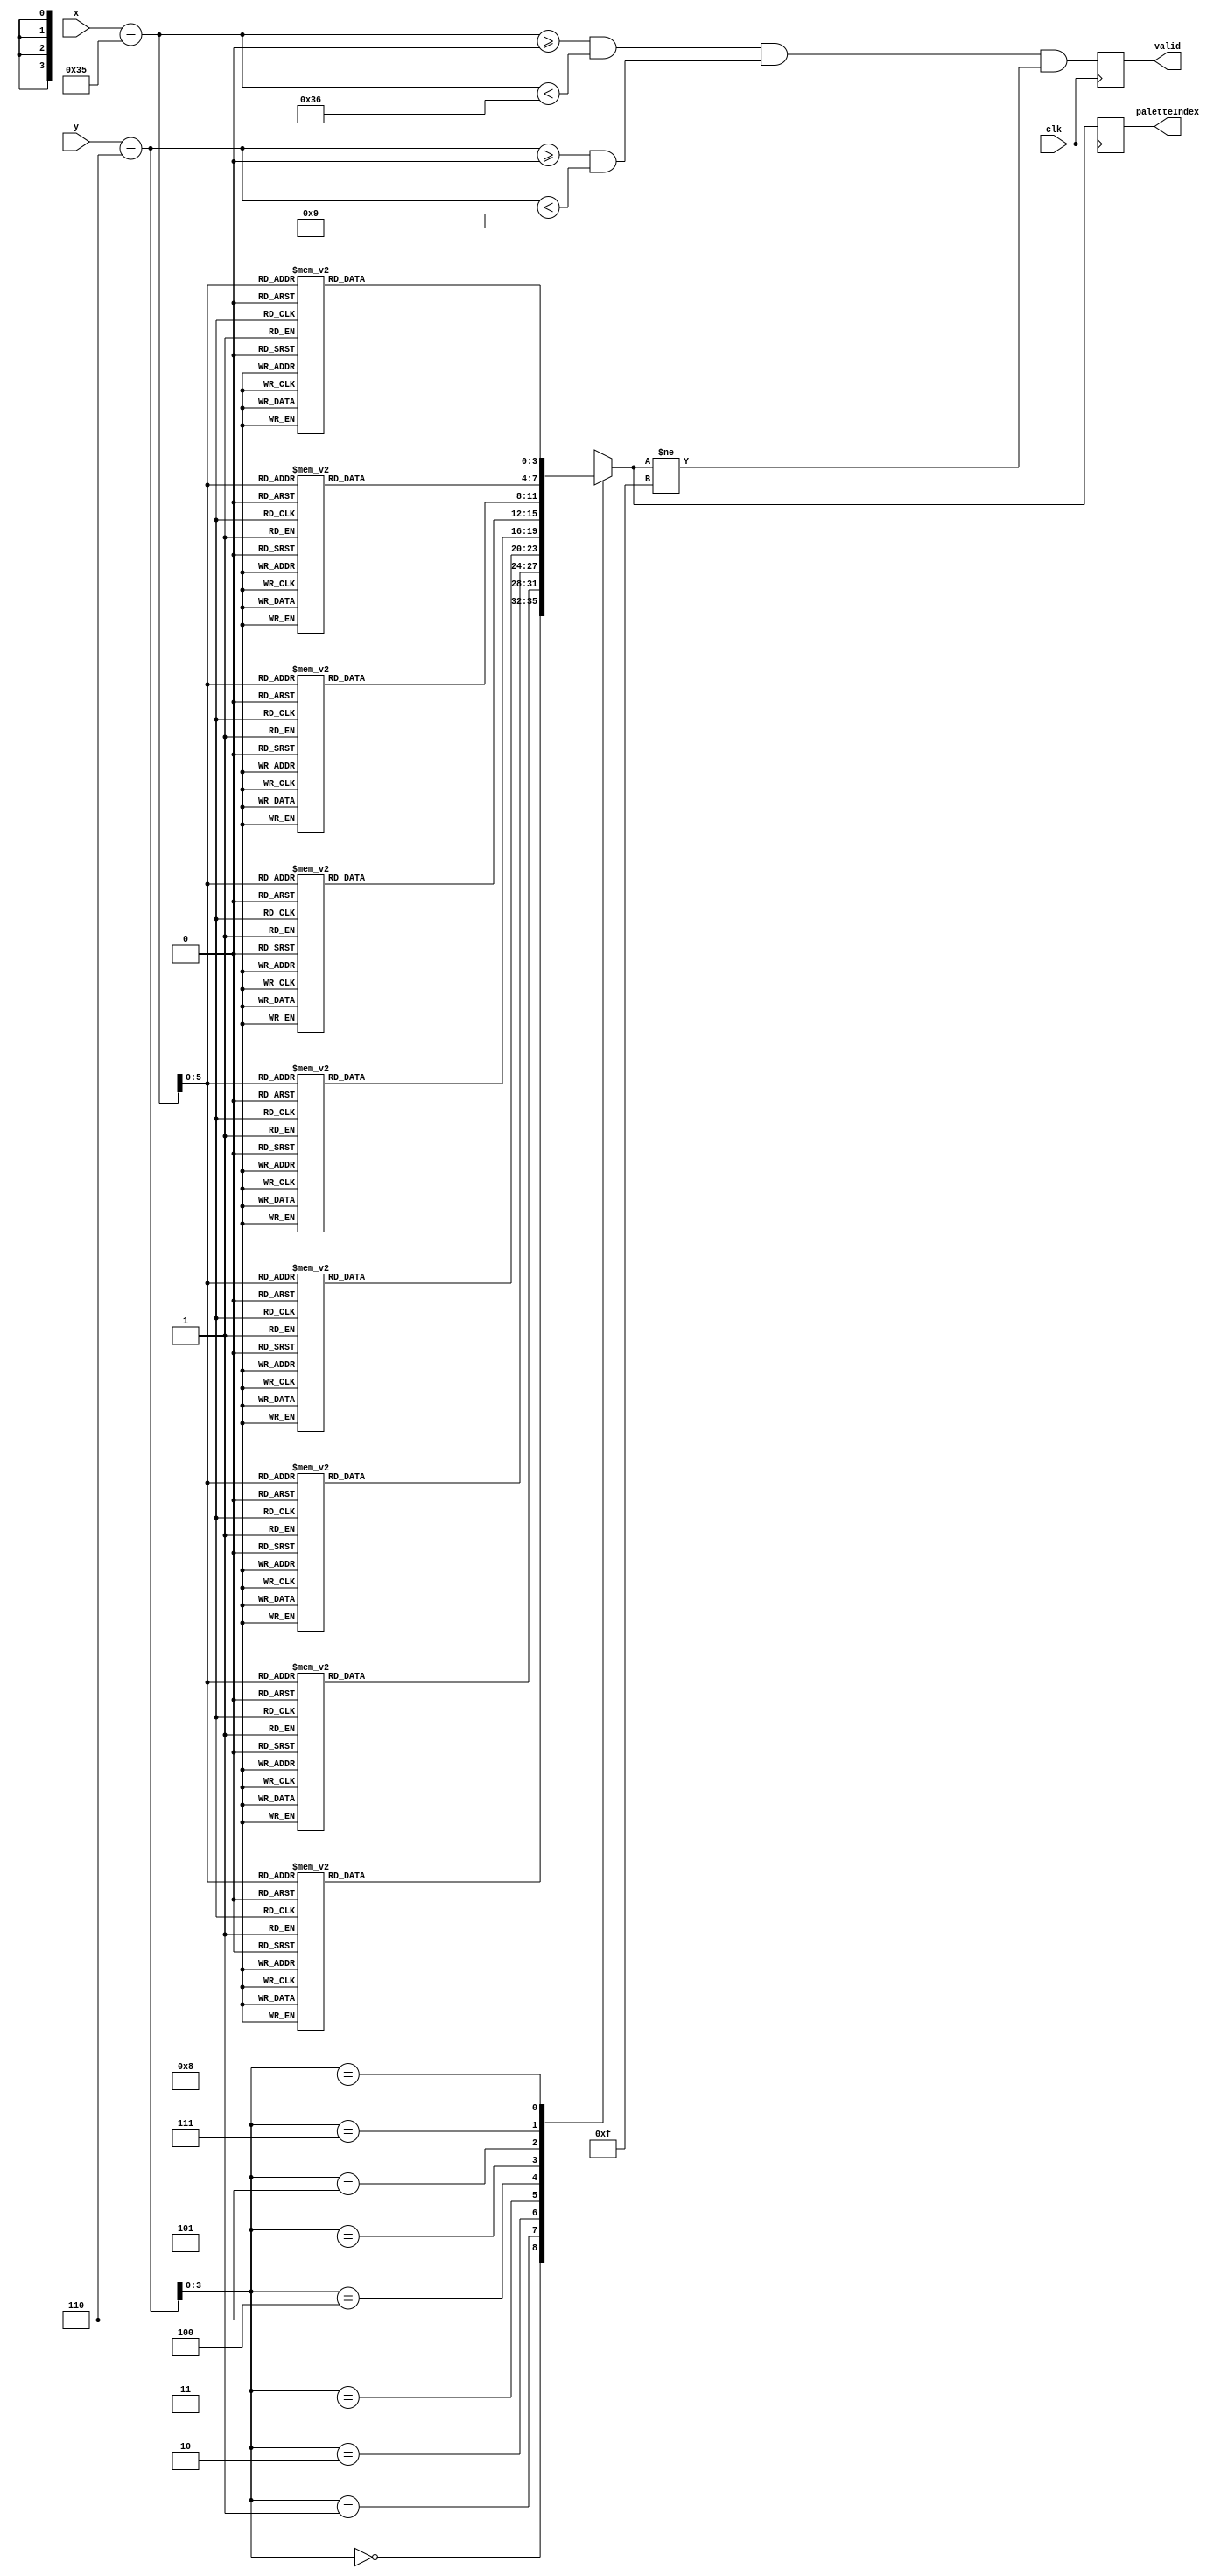
`timescale 1ns / 1ps
//////////////////////////////////////////////////////////////////////////
// generated with james's gen_sprite.py with arguments:
//     module_name: tie_game
//
//     image_file: sprites/tie_game.png
//     palette_file: palette.txt
//     canvas_width: 160
//     canvas_height: 120
//     x_offset: 53
//     y_offset: 6
//     x_tile: 1
//     y_tile: 1
//
//     inferred x bit length: 10
//     inferred y bit length: 10
//     inferred palette bit length: 4
//////////////////////////////////////////////////////////////////////////

module tie_game(clk, x, y, paletteIndex, valid);
    input wire clk;
    input wire[9:0] x;
    input wire[9:0] y;
    output reg[3:0] paletteIndex;
    output reg valid;

    reg [9:0] xOffset;
    reg [9:0] yOffset;
    reg [5:0] xSprite;
    reg [3:0] ySprite;
    reg inBounds;

    always @(posedge clk) begin
        xOffset = (x-53);
        yOffset = (y-6);
        xSprite = xOffset[5:0];
        ySprite = yOffset[3:0];
        inBounds = (xOffset >= 0 && xOffset < 54) && (yOffset >= 0 && yOffset < 9);

        case(ySprite)
            
            4'd0: begin
               case(xSprite)
                    
                    6'd0: begin
                        paletteIndex = 4'd9;
                    end
                    
                    6'd1: begin
                        paletteIndex = 4'd9;
                    end
                    
                    6'd2: begin
                        paletteIndex = 4'd9;
                    end
                    
                    6'd3: begin
                        paletteIndex = 4'd9;
                    end
                    
                    6'd4: begin
                        paletteIndex = 4'd9;
                    end
                    
                    6'd5: begin
                        paletteIndex = 4'd9;
                    end
                    
                    6'd6: begin
                        paletteIndex = 4'd9;
                    end
                    
                    6'd7: begin
                        paletteIndex = 4'd9;
                    end
                    
                    6'd8: begin
                        paletteIndex = 4'd9;
                    end
                    
                    6'd9: begin
                        paletteIndex = 4'd9;
                    end
                    
                    6'd10: begin
                        paletteIndex = 4'd9;
                    end
                    
                    6'd11: begin
                        paletteIndex = 4'd9;
                    end
                    
                    6'd12: begin
                        paletteIndex = 4'd9;
                    end
                    
                    6'd13: begin
                        paletteIndex = 4'd9;
                    end
                    
                    6'd14: begin
                        paletteIndex = 4'd9;
                    end
                    
                    6'd15: begin
                        paletteIndex = 4'd9;
                    end
                    
                    6'd16: begin
                        paletteIndex = 4'd9;
                    end
                    
                    6'd17: begin
                        paletteIndex = 4'd9;
                    end
                    
                    6'd18: begin
                        paletteIndex = 4'd15;
                    end
                    
                    6'd19: begin
                        paletteIndex = 4'd15;
                    end
                    
                    6'd20: begin
                        paletteIndex = 4'd15;
                    end
                    
                    6'd21: begin
                        paletteIndex = 4'd15;
                    end
                    
                    6'd22: begin
                        paletteIndex = 4'd9;
                    end
                    
                    6'd23: begin
                        paletteIndex = 4'd9;
                    end
                    
                    6'd24: begin
                        paletteIndex = 4'd9;
                    end
                    
                    6'd25: begin
                        paletteIndex = 4'd9;
                    end
                    
                    6'd26: begin
                        paletteIndex = 4'd9;
                    end
                    
                    6'd27: begin
                        paletteIndex = 4'd9;
                    end
                    
                    6'd28: begin
                        paletteIndex = 4'd9;
                    end
                    
                    6'd29: begin
                        paletteIndex = 4'd9;
                    end
                    
                    6'd30: begin
                        paletteIndex = 4'd9;
                    end
                    
                    6'd31: begin
                        paletteIndex = 4'd9;
                    end
                    
                    6'd32: begin
                        paletteIndex = 4'd9;
                    end
                    
                    6'd33: begin
                        paletteIndex = 4'd9;
                    end
                    
                    6'd34: begin
                        paletteIndex = 4'd9;
                    end
                    
                    6'd35: begin
                        paletteIndex = 4'd9;
                    end
                    
                    6'd36: begin
                        paletteIndex = 4'd9;
                    end
                    
                    6'd37: begin
                        paletteIndex = 4'd9;
                    end
                    
                    6'd38: begin
                        paletteIndex = 4'd9;
                    end
                    
                    6'd39: begin
                        paletteIndex = 4'd9;
                    end
                    
                    6'd40: begin
                        paletteIndex = 4'd9;
                    end
                    
                    6'd41: begin
                        paletteIndex = 4'd9;
                    end
                    
                    6'd42: begin
                        paletteIndex = 4'd9;
                    end
                    
                    6'd43: begin
                        paletteIndex = 4'd9;
                    end
                    
                    6'd44: begin
                        paletteIndex = 4'd9;
                    end
                    
                    6'd45: begin
                        paletteIndex = 4'd9;
                    end
                    
                    6'd46: begin
                        paletteIndex = 4'd9;
                    end
                    
                    6'd47: begin
                        paletteIndex = 4'd9;
                    end
                    
                    6'd48: begin
                        paletteIndex = 4'd9;
                    end
                    
                    6'd49: begin
                        paletteIndex = 4'd9;
                    end
                    
                    6'd50: begin
                        paletteIndex = 4'd9;
                    end
                    
                    6'd51: begin
                        paletteIndex = 4'd9;
                    end
                    
                    6'd52: begin
                        paletteIndex = 4'd9;
                    end
                    
                    6'd53: begin
                        paletteIndex = 4'd9;
                    end
                    

                    default: begin
                        paletteIndex = 4'bXXXX;
                    end
                endcase 
            end
            
            4'd1: begin
               case(xSprite)
                    
                    6'd0: begin
                        paletteIndex = 4'd9;
                    end
                    
                    6'd1: begin
                        paletteIndex = 4'd2;
                    end
                    
                    6'd2: begin
                        paletteIndex = 4'd2;
                    end
                    
                    6'd3: begin
                        paletteIndex = 4'd2;
                    end
                    
                    6'd4: begin
                        paletteIndex = 4'd2;
                    end
                    
                    6'd5: begin
                        paletteIndex = 4'd2;
                    end
                    
                    6'd6: begin
                        paletteIndex = 4'd2;
                    end
                    
                    6'd7: begin
                        paletteIndex = 4'd9;
                    end
                    
                    6'd8: begin
                        paletteIndex = 4'd2;
                    end
                    
                    6'd9: begin
                        paletteIndex = 4'd2;
                    end
                    
                    6'd10: begin
                        paletteIndex = 4'd9;
                    end
                    
                    6'd11: begin
                        paletteIndex = 4'd2;
                    end
                    
                    6'd12: begin
                        paletteIndex = 4'd2;
                    end
                    
                    6'd13: begin
                        paletteIndex = 4'd2;
                    end
                    
                    6'd14: begin
                        paletteIndex = 4'd2;
                    end
                    
                    6'd15: begin
                        paletteIndex = 4'd2;
                    end
                    
                    6'd16: begin
                        paletteIndex = 4'd2;
                    end
                    
                    6'd17: begin
                        paletteIndex = 4'd9;
                    end
                    
                    6'd18: begin
                        paletteIndex = 4'd15;
                    end
                    
                    6'd19: begin
                        paletteIndex = 4'd15;
                    end
                    
                    6'd20: begin
                        paletteIndex = 4'd15;
                    end
                    
                    6'd21: begin
                        paletteIndex = 4'd9;
                    end
                    
                    6'd22: begin
                        paletteIndex = 4'd9;
                    end
                    
                    6'd23: begin
                        paletteIndex = 4'd2;
                    end
                    
                    6'd24: begin
                        paletteIndex = 4'd2;
                    end
                    
                    6'd25: begin
                        paletteIndex = 4'd2;
                    end
                    
                    6'd26: begin
                        paletteIndex = 4'd2;
                    end
                    
                    6'd27: begin
                        paletteIndex = 4'd2;
                    end
                    
                    6'd28: begin
                        paletteIndex = 4'd9;
                    end
                    
                    6'd29: begin
                        paletteIndex = 4'd9;
                    end
                    
                    6'd30: begin
                        paletteIndex = 4'd2;
                    end
                    
                    6'd31: begin
                        paletteIndex = 4'd2;
                    end
                    
                    6'd32: begin
                        paletteIndex = 4'd2;
                    end
                    
                    6'd33: begin
                        paletteIndex = 4'd2;
                    end
                    
                    6'd34: begin
                        paletteIndex = 4'd9;
                    end
                    
                    6'd35: begin
                        paletteIndex = 4'd9;
                    end
                    
                    6'd36: begin
                        paletteIndex = 4'd2;
                    end
                    
                    6'd37: begin
                        paletteIndex = 4'd2;
                    end
                    
                    6'd38: begin
                        paletteIndex = 4'd2;
                    end
                    
                    6'd39: begin
                        paletteIndex = 4'd2;
                    end
                    
                    6'd40: begin
                        paletteIndex = 4'd2;
                    end
                    
                    6'd41: begin
                        paletteIndex = 4'd2;
                    end
                    
                    6'd42: begin
                        paletteIndex = 4'd2;
                    end
                    
                    6'd43: begin
                        paletteIndex = 4'd2;
                    end
                    
                    6'd44: begin
                        paletteIndex = 4'd2;
                    end
                    
                    6'd45: begin
                        paletteIndex = 4'd9;
                    end
                    
                    6'd46: begin
                        paletteIndex = 4'd9;
                    end
                    
                    6'd47: begin
                        paletteIndex = 4'd2;
                    end
                    
                    6'd48: begin
                        paletteIndex = 4'd2;
                    end
                    
                    6'd49: begin
                        paletteIndex = 4'd2;
                    end
                    
                    6'd50: begin
                        paletteIndex = 4'd2;
                    end
                    
                    6'd51: begin
                        paletteIndex = 4'd2;
                    end
                    
                    6'd52: begin
                        paletteIndex = 4'd2;
                    end
                    
                    6'd53: begin
                        paletteIndex = 4'd9;
                    end
                    

                    default: begin
                        paletteIndex = 4'bXXXX;
                    end
                endcase 
            end
            
            4'd2: begin
               case(xSprite)
                    
                    6'd0: begin
                        paletteIndex = 4'd9;
                    end
                    
                    6'd1: begin
                        paletteIndex = 4'd9;
                    end
                    
                    6'd2: begin
                        paletteIndex = 4'd9;
                    end
                    
                    6'd3: begin
                        paletteIndex = 4'd2;
                    end
                    
                    6'd4: begin
                        paletteIndex = 4'd2;
                    end
                    
                    6'd5: begin
                        paletteIndex = 4'd9;
                    end
                    
                    6'd6: begin
                        paletteIndex = 4'd9;
                    end
                    
                    6'd7: begin
                        paletteIndex = 4'd9;
                    end
                    
                    6'd8: begin
                        paletteIndex = 4'd2;
                    end
                    
                    6'd9: begin
                        paletteIndex = 4'd2;
                    end
                    
                    6'd10: begin
                        paletteIndex = 4'd9;
                    end
                    
                    6'd11: begin
                        paletteIndex = 4'd2;
                    end
                    
                    6'd12: begin
                        paletteIndex = 4'd2;
                    end
                    
                    6'd13: begin
                        paletteIndex = 4'd9;
                    end
                    
                    6'd14: begin
                        paletteIndex = 4'd9;
                    end
                    
                    6'd15: begin
                        paletteIndex = 4'd9;
                    end
                    
                    6'd16: begin
                        paletteIndex = 4'd9;
                    end
                    
                    6'd17: begin
                        paletteIndex = 4'd9;
                    end
                    
                    6'd18: begin
                        paletteIndex = 4'd15;
                    end
                    
                    6'd19: begin
                        paletteIndex = 4'd15;
                    end
                    
                    6'd20: begin
                        paletteIndex = 4'd15;
                    end
                    
                    6'd21: begin
                        paletteIndex = 4'd9;
                    end
                    
                    6'd22: begin
                        paletteIndex = 4'd2;
                    end
                    
                    6'd23: begin
                        paletteIndex = 4'd2;
                    end
                    
                    6'd24: begin
                        paletteIndex = 4'd9;
                    end
                    
                    6'd25: begin
                        paletteIndex = 4'd9;
                    end
                    
                    6'd26: begin
                        paletteIndex = 4'd9;
                    end
                    
                    6'd27: begin
                        paletteIndex = 4'd9;
                    end
                    
                    6'd28: begin
                        paletteIndex = 4'd9;
                    end
                    
                    6'd29: begin
                        paletteIndex = 4'd2;
                    end
                    
                    6'd30: begin
                        paletteIndex = 4'd2;
                    end
                    
                    6'd31: begin
                        paletteIndex = 4'd9;
                    end
                    
                    6'd32: begin
                        paletteIndex = 4'd9;
                    end
                    
                    6'd33: begin
                        paletteIndex = 4'd2;
                    end
                    
                    6'd34: begin
                        paletteIndex = 4'd2;
                    end
                    
                    6'd35: begin
                        paletteIndex = 4'd9;
                    end
                    
                    6'd36: begin
                        paletteIndex = 4'd2;
                    end
                    
                    6'd37: begin
                        paletteIndex = 4'd2;
                    end
                    
                    6'd38: begin
                        paletteIndex = 4'd9;
                    end
                    
                    6'd39: begin
                        paletteIndex = 4'd9;
                    end
                    
                    6'd40: begin
                        paletteIndex = 4'd2;
                    end
                    
                    6'd41: begin
                        paletteIndex = 4'd2;
                    end
                    
                    6'd42: begin
                        paletteIndex = 4'd9;
                    end
                    
                    6'd43: begin
                        paletteIndex = 4'd9;
                    end
                    
                    6'd44: begin
                        paletteIndex = 4'd2;
                    end
                    
                    6'd45: begin
                        paletteIndex = 4'd2;
                    end
                    
                    6'd46: begin
                        paletteIndex = 4'd9;
                    end
                    
                    6'd47: begin
                        paletteIndex = 4'd2;
                    end
                    
                    6'd48: begin
                        paletteIndex = 4'd2;
                    end
                    
                    6'd49: begin
                        paletteIndex = 4'd9;
                    end
                    
                    6'd50: begin
                        paletteIndex = 4'd9;
                    end
                    
                    6'd51: begin
                        paletteIndex = 4'd9;
                    end
                    
                    6'd52: begin
                        paletteIndex = 4'd9;
                    end
                    
                    6'd53: begin
                        paletteIndex = 4'd9;
                    end
                    

                    default: begin
                        paletteIndex = 4'bXXXX;
                    end
                endcase 
            end
            
            4'd3: begin
               case(xSprite)
                    
                    6'd0: begin
                        paletteIndex = 4'd15;
                    end
                    
                    6'd1: begin
                        paletteIndex = 4'd15;
                    end
                    
                    6'd2: begin
                        paletteIndex = 4'd9;
                    end
                    
                    6'd3: begin
                        paletteIndex = 4'd2;
                    end
                    
                    6'd4: begin
                        paletteIndex = 4'd2;
                    end
                    
                    6'd5: begin
                        paletteIndex = 4'd9;
                    end
                    
                    6'd6: begin
                        paletteIndex = 4'd15;
                    end
                    
                    6'd7: begin
                        paletteIndex = 4'd9;
                    end
                    
                    6'd8: begin
                        paletteIndex = 4'd2;
                    end
                    
                    6'd9: begin
                        paletteIndex = 4'd2;
                    end
                    
                    6'd10: begin
                        paletteIndex = 4'd9;
                    end
                    
                    6'd11: begin
                        paletteIndex = 4'd2;
                    end
                    
                    6'd12: begin
                        paletteIndex = 4'd2;
                    end
                    
                    6'd13: begin
                        paletteIndex = 4'd9;
                    end
                    
                    6'd14: begin
                        paletteIndex = 4'd9;
                    end
                    
                    6'd15: begin
                        paletteIndex = 4'd9;
                    end
                    
                    6'd16: begin
                        paletteIndex = 4'd9;
                    end
                    
                    6'd17: begin
                        paletteIndex = 4'd15;
                    end
                    
                    6'd18: begin
                        paletteIndex = 4'd15;
                    end
                    
                    6'd19: begin
                        paletteIndex = 4'd15;
                    end
                    
                    6'd20: begin
                        paletteIndex = 4'd15;
                    end
                    
                    6'd21: begin
                        paletteIndex = 4'd9;
                    end
                    
                    6'd22: begin
                        paletteIndex = 4'd2;
                    end
                    
                    6'd23: begin
                        paletteIndex = 4'd2;
                    end
                    
                    6'd24: begin
                        paletteIndex = 4'd9;
                    end
                    
                    6'd25: begin
                        paletteIndex = 4'd9;
                    end
                    
                    6'd26: begin
                        paletteIndex = 4'd9;
                    end
                    
                    6'd27: begin
                        paletteIndex = 4'd9;
                    end
                    
                    6'd28: begin
                        paletteIndex = 4'd9;
                    end
                    
                    6'd29: begin
                        paletteIndex = 4'd2;
                    end
                    
                    6'd30: begin
                        paletteIndex = 4'd2;
                    end
                    
                    6'd31: begin
                        paletteIndex = 4'd9;
                    end
                    
                    6'd32: begin
                        paletteIndex = 4'd9;
                    end
                    
                    6'd33: begin
                        paletteIndex = 4'd2;
                    end
                    
                    6'd34: begin
                        paletteIndex = 4'd2;
                    end
                    
                    6'd35: begin
                        paletteIndex = 4'd9;
                    end
                    
                    6'd36: begin
                        paletteIndex = 4'd2;
                    end
                    
                    6'd37: begin
                        paletteIndex = 4'd2;
                    end
                    
                    6'd38: begin
                        paletteIndex = 4'd9;
                    end
                    
                    6'd39: begin
                        paletteIndex = 4'd9;
                    end
                    
                    6'd40: begin
                        paletteIndex = 4'd2;
                    end
                    
                    6'd41: begin
                        paletteIndex = 4'd2;
                    end
                    
                    6'd42: begin
                        paletteIndex = 4'd9;
                    end
                    
                    6'd43: begin
                        paletteIndex = 4'd9;
                    end
                    
                    6'd44: begin
                        paletteIndex = 4'd2;
                    end
                    
                    6'd45: begin
                        paletteIndex = 4'd2;
                    end
                    
                    6'd46: begin
                        paletteIndex = 4'd9;
                    end
                    
                    6'd47: begin
                        paletteIndex = 4'd2;
                    end
                    
                    6'd48: begin
                        paletteIndex = 4'd2;
                    end
                    
                    6'd49: begin
                        paletteIndex = 4'd9;
                    end
                    
                    6'd50: begin
                        paletteIndex = 4'd9;
                    end
                    
                    6'd51: begin
                        paletteIndex = 4'd9;
                    end
                    
                    6'd52: begin
                        paletteIndex = 4'd9;
                    end
                    
                    6'd53: begin
                        paletteIndex = 4'd15;
                    end
                    

                    default: begin
                        paletteIndex = 4'bXXXX;
                    end
                endcase 
            end
            
            4'd4: begin
               case(xSprite)
                    
                    6'd0: begin
                        paletteIndex = 4'd15;
                    end
                    
                    6'd1: begin
                        paletteIndex = 4'd15;
                    end
                    
                    6'd2: begin
                        paletteIndex = 4'd9;
                    end
                    
                    6'd3: begin
                        paletteIndex = 4'd2;
                    end
                    
                    6'd4: begin
                        paletteIndex = 4'd2;
                    end
                    
                    6'd5: begin
                        paletteIndex = 4'd9;
                    end
                    
                    6'd6: begin
                        paletteIndex = 4'd15;
                    end
                    
                    6'd7: begin
                        paletteIndex = 4'd9;
                    end
                    
                    6'd8: begin
                        paletteIndex = 4'd2;
                    end
                    
                    6'd9: begin
                        paletteIndex = 4'd2;
                    end
                    
                    6'd10: begin
                        paletteIndex = 4'd9;
                    end
                    
                    6'd11: begin
                        paletteIndex = 4'd2;
                    end
                    
                    6'd12: begin
                        paletteIndex = 4'd2;
                    end
                    
                    6'd13: begin
                        paletteIndex = 4'd2;
                    end
                    
                    6'd14: begin
                        paletteIndex = 4'd2;
                    end
                    
                    6'd15: begin
                        paletteIndex = 4'd2;
                    end
                    
                    6'd16: begin
                        paletteIndex = 4'd9;
                    end
                    
                    6'd17: begin
                        paletteIndex = 4'd15;
                    end
                    
                    6'd18: begin
                        paletteIndex = 4'd15;
                    end
                    
                    6'd19: begin
                        paletteIndex = 4'd15;
                    end
                    
                    6'd20: begin
                        paletteIndex = 4'd15;
                    end
                    
                    6'd21: begin
                        paletteIndex = 4'd9;
                    end
                    
                    6'd22: begin
                        paletteIndex = 4'd2;
                    end
                    
                    6'd23: begin
                        paletteIndex = 4'd2;
                    end
                    
                    6'd24: begin
                        paletteIndex = 4'd9;
                    end
                    
                    6'd25: begin
                        paletteIndex = 4'd2;
                    end
                    
                    6'd26: begin
                        paletteIndex = 4'd2;
                    end
                    
                    6'd27: begin
                        paletteIndex = 4'd2;
                    end
                    
                    6'd28: begin
                        paletteIndex = 4'd9;
                    end
                    
                    6'd29: begin
                        paletteIndex = 4'd2;
                    end
                    
                    6'd30: begin
                        paletteIndex = 4'd2;
                    end
                    
                    6'd31: begin
                        paletteIndex = 4'd2;
                    end
                    
                    6'd32: begin
                        paletteIndex = 4'd2;
                    end
                    
                    6'd33: begin
                        paletteIndex = 4'd2;
                    end
                    
                    6'd34: begin
                        paletteIndex = 4'd2;
                    end
                    
                    6'd35: begin
                        paletteIndex = 4'd9;
                    end
                    
                    6'd36: begin
                        paletteIndex = 4'd2;
                    end
                    
                    6'd37: begin
                        paletteIndex = 4'd2;
                    end
                    
                    6'd38: begin
                        paletteIndex = 4'd9;
                    end
                    
                    6'd39: begin
                        paletteIndex = 4'd9;
                    end
                    
                    6'd40: begin
                        paletteIndex = 4'd2;
                    end
                    
                    6'd41: begin
                        paletteIndex = 4'd2;
                    end
                    
                    6'd42: begin
                        paletteIndex = 4'd9;
                    end
                    
                    6'd43: begin
                        paletteIndex = 4'd9;
                    end
                    
                    6'd44: begin
                        paletteIndex = 4'd2;
                    end
                    
                    6'd45: begin
                        paletteIndex = 4'd2;
                    end
                    
                    6'd46: begin
                        paletteIndex = 4'd9;
                    end
                    
                    6'd47: begin
                        paletteIndex = 4'd2;
                    end
                    
                    6'd48: begin
                        paletteIndex = 4'd2;
                    end
                    
                    6'd49: begin
                        paletteIndex = 4'd2;
                    end
                    
                    6'd50: begin
                        paletteIndex = 4'd2;
                    end
                    
                    6'd51: begin
                        paletteIndex = 4'd2;
                    end
                    
                    6'd52: begin
                        paletteIndex = 4'd9;
                    end
                    
                    6'd53: begin
                        paletteIndex = 4'd15;
                    end
                    

                    default: begin
                        paletteIndex = 4'bXXXX;
                    end
                endcase 
            end
            
            4'd5: begin
               case(xSprite)
                    
                    6'd0: begin
                        paletteIndex = 4'd15;
                    end
                    
                    6'd1: begin
                        paletteIndex = 4'd15;
                    end
                    
                    6'd2: begin
                        paletteIndex = 4'd9;
                    end
                    
                    6'd3: begin
                        paletteIndex = 4'd2;
                    end
                    
                    6'd4: begin
                        paletteIndex = 4'd2;
                    end
                    
                    6'd5: begin
                        paletteIndex = 4'd9;
                    end
                    
                    6'd6: begin
                        paletteIndex = 4'd15;
                    end
                    
                    6'd7: begin
                        paletteIndex = 4'd9;
                    end
                    
                    6'd8: begin
                        paletteIndex = 4'd2;
                    end
                    
                    6'd9: begin
                        paletteIndex = 4'd2;
                    end
                    
                    6'd10: begin
                        paletteIndex = 4'd9;
                    end
                    
                    6'd11: begin
                        paletteIndex = 4'd2;
                    end
                    
                    6'd12: begin
                        paletteIndex = 4'd2;
                    end
                    
                    6'd13: begin
                        paletteIndex = 4'd9;
                    end
                    
                    6'd14: begin
                        paletteIndex = 4'd9;
                    end
                    
                    6'd15: begin
                        paletteIndex = 4'd9;
                    end
                    
                    6'd16: begin
                        paletteIndex = 4'd9;
                    end
                    
                    6'd17: begin
                        paletteIndex = 4'd15;
                    end
                    
                    6'd18: begin
                        paletteIndex = 4'd15;
                    end
                    
                    6'd19: begin
                        paletteIndex = 4'd15;
                    end
                    
                    6'd20: begin
                        paletteIndex = 4'd15;
                    end
                    
                    6'd21: begin
                        paletteIndex = 4'd9;
                    end
                    
                    6'd22: begin
                        paletteIndex = 4'd2;
                    end
                    
                    6'd23: begin
                        paletteIndex = 4'd2;
                    end
                    
                    6'd24: begin
                        paletteIndex = 4'd9;
                    end
                    
                    6'd25: begin
                        paletteIndex = 4'd9;
                    end
                    
                    6'd26: begin
                        paletteIndex = 4'd2;
                    end
                    
                    6'd27: begin
                        paletteIndex = 4'd2;
                    end
                    
                    6'd28: begin
                        paletteIndex = 4'd9;
                    end
                    
                    6'd29: begin
                        paletteIndex = 4'd2;
                    end
                    
                    6'd30: begin
                        paletteIndex = 4'd2;
                    end
                    
                    6'd31: begin
                        paletteIndex = 4'd9;
                    end
                    
                    6'd32: begin
                        paletteIndex = 4'd9;
                    end
                    
                    6'd33: begin
                        paletteIndex = 4'd2;
                    end
                    
                    6'd34: begin
                        paletteIndex = 4'd2;
                    end
                    
                    6'd35: begin
                        paletteIndex = 4'd9;
                    end
                    
                    6'd36: begin
                        paletteIndex = 4'd2;
                    end
                    
                    6'd37: begin
                        paletteIndex = 4'd2;
                    end
                    
                    6'd38: begin
                        paletteIndex = 4'd9;
                    end
                    
                    6'd39: begin
                        paletteIndex = 4'd9;
                    end
                    
                    6'd40: begin
                        paletteIndex = 4'd2;
                    end
                    
                    6'd41: begin
                        paletteIndex = 4'd2;
                    end
                    
                    6'd42: begin
                        paletteIndex = 4'd9;
                    end
                    
                    6'd43: begin
                        paletteIndex = 4'd9;
                    end
                    
                    6'd44: begin
                        paletteIndex = 4'd2;
                    end
                    
                    6'd45: begin
                        paletteIndex = 4'd2;
                    end
                    
                    6'd46: begin
                        paletteIndex = 4'd9;
                    end
                    
                    6'd47: begin
                        paletteIndex = 4'd2;
                    end
                    
                    6'd48: begin
                        paletteIndex = 4'd2;
                    end
                    
                    6'd49: begin
                        paletteIndex = 4'd9;
                    end
                    
                    6'd50: begin
                        paletteIndex = 4'd9;
                    end
                    
                    6'd51: begin
                        paletteIndex = 4'd9;
                    end
                    
                    6'd52: begin
                        paletteIndex = 4'd9;
                    end
                    
                    6'd53: begin
                        paletteIndex = 4'd15;
                    end
                    

                    default: begin
                        paletteIndex = 4'bXXXX;
                    end
                endcase 
            end
            
            4'd6: begin
               case(xSprite)
                    
                    6'd0: begin
                        paletteIndex = 4'd15;
                    end
                    
                    6'd1: begin
                        paletteIndex = 4'd15;
                    end
                    
                    6'd2: begin
                        paletteIndex = 4'd9;
                    end
                    
                    6'd3: begin
                        paletteIndex = 4'd2;
                    end
                    
                    6'd4: begin
                        paletteIndex = 4'd2;
                    end
                    
                    6'd5: begin
                        paletteIndex = 4'd9;
                    end
                    
                    6'd6: begin
                        paletteIndex = 4'd15;
                    end
                    
                    6'd7: begin
                        paletteIndex = 4'd9;
                    end
                    
                    6'd8: begin
                        paletteIndex = 4'd2;
                    end
                    
                    6'd9: begin
                        paletteIndex = 4'd2;
                    end
                    
                    6'd10: begin
                        paletteIndex = 4'd9;
                    end
                    
                    6'd11: begin
                        paletteIndex = 4'd2;
                    end
                    
                    6'd12: begin
                        paletteIndex = 4'd2;
                    end
                    
                    6'd13: begin
                        paletteIndex = 4'd9;
                    end
                    
                    6'd14: begin
                        paletteIndex = 4'd9;
                    end
                    
                    6'd15: begin
                        paletteIndex = 4'd9;
                    end
                    
                    6'd16: begin
                        paletteIndex = 4'd9;
                    end
                    
                    6'd17: begin
                        paletteIndex = 4'd9;
                    end
                    
                    6'd18: begin
                        paletteIndex = 4'd15;
                    end
                    
                    6'd19: begin
                        paletteIndex = 4'd15;
                    end
                    
                    6'd20: begin
                        paletteIndex = 4'd15;
                    end
                    
                    6'd21: begin
                        paletteIndex = 4'd9;
                    end
                    
                    6'd22: begin
                        paletteIndex = 4'd2;
                    end
                    
                    6'd23: begin
                        paletteIndex = 4'd2;
                    end
                    
                    6'd24: begin
                        paletteIndex = 4'd9;
                    end
                    
                    6'd25: begin
                        paletteIndex = 4'd9;
                    end
                    
                    6'd26: begin
                        paletteIndex = 4'd2;
                    end
                    
                    6'd27: begin
                        paletteIndex = 4'd2;
                    end
                    
                    6'd28: begin
                        paletteIndex = 4'd9;
                    end
                    
                    6'd29: begin
                        paletteIndex = 4'd2;
                    end
                    
                    6'd30: begin
                        paletteIndex = 4'd2;
                    end
                    
                    6'd31: begin
                        paletteIndex = 4'd9;
                    end
                    
                    6'd32: begin
                        paletteIndex = 4'd9;
                    end
                    
                    6'd33: begin
                        paletteIndex = 4'd2;
                    end
                    
                    6'd34: begin
                        paletteIndex = 4'd2;
                    end
                    
                    6'd35: begin
                        paletteIndex = 4'd9;
                    end
                    
                    6'd36: begin
                        paletteIndex = 4'd2;
                    end
                    
                    6'd37: begin
                        paletteIndex = 4'd2;
                    end
                    
                    6'd38: begin
                        paletteIndex = 4'd9;
                    end
                    
                    6'd39: begin
                        paletteIndex = 4'd9;
                    end
                    
                    6'd40: begin
                        paletteIndex = 4'd2;
                    end
                    
                    6'd41: begin
                        paletteIndex = 4'd2;
                    end
                    
                    6'd42: begin
                        paletteIndex = 4'd9;
                    end
                    
                    6'd43: begin
                        paletteIndex = 4'd9;
                    end
                    
                    6'd44: begin
                        paletteIndex = 4'd2;
                    end
                    
                    6'd45: begin
                        paletteIndex = 4'd2;
                    end
                    
                    6'd46: begin
                        paletteIndex = 4'd9;
                    end
                    
                    6'd47: begin
                        paletteIndex = 4'd2;
                    end
                    
                    6'd48: begin
                        paletteIndex = 4'd2;
                    end
                    
                    6'd49: begin
                        paletteIndex = 4'd9;
                    end
                    
                    6'd50: begin
                        paletteIndex = 4'd9;
                    end
                    
                    6'd51: begin
                        paletteIndex = 4'd9;
                    end
                    
                    6'd52: begin
                        paletteIndex = 4'd9;
                    end
                    
                    6'd53: begin
                        paletteIndex = 4'd9;
                    end
                    

                    default: begin
                        paletteIndex = 4'bXXXX;
                    end
                endcase 
            end
            
            4'd7: begin
               case(xSprite)
                    
                    6'd0: begin
                        paletteIndex = 4'd15;
                    end
                    
                    6'd1: begin
                        paletteIndex = 4'd15;
                    end
                    
                    6'd2: begin
                        paletteIndex = 4'd9;
                    end
                    
                    6'd3: begin
                        paletteIndex = 4'd2;
                    end
                    
                    6'd4: begin
                        paletteIndex = 4'd2;
                    end
                    
                    6'd5: begin
                        paletteIndex = 4'd9;
                    end
                    
                    6'd6: begin
                        paletteIndex = 4'd15;
                    end
                    
                    6'd7: begin
                        paletteIndex = 4'd9;
                    end
                    
                    6'd8: begin
                        paletteIndex = 4'd2;
                    end
                    
                    6'd9: begin
                        paletteIndex = 4'd2;
                    end
                    
                    6'd10: begin
                        paletteIndex = 4'd9;
                    end
                    
                    6'd11: begin
                        paletteIndex = 4'd2;
                    end
                    
                    6'd12: begin
                        paletteIndex = 4'd2;
                    end
                    
                    6'd13: begin
                        paletteIndex = 4'd2;
                    end
                    
                    6'd14: begin
                        paletteIndex = 4'd2;
                    end
                    
                    6'd15: begin
                        paletteIndex = 4'd2;
                    end
                    
                    6'd16: begin
                        paletteIndex = 4'd2;
                    end
                    
                    6'd17: begin
                        paletteIndex = 4'd9;
                    end
                    
                    6'd18: begin
                        paletteIndex = 4'd15;
                    end
                    
                    6'd19: begin
                        paletteIndex = 4'd15;
                    end
                    
                    6'd20: begin
                        paletteIndex = 4'd15;
                    end
                    
                    6'd21: begin
                        paletteIndex = 4'd9;
                    end
                    
                    6'd22: begin
                        paletteIndex = 4'd9;
                    end
                    
                    6'd23: begin
                        paletteIndex = 4'd2;
                    end
                    
                    6'd24: begin
                        paletteIndex = 4'd2;
                    end
                    
                    6'd25: begin
                        paletteIndex = 4'd2;
                    end
                    
                    6'd26: begin
                        paletteIndex = 4'd2;
                    end
                    
                    6'd27: begin
                        paletteIndex = 4'd2;
                    end
                    
                    6'd28: begin
                        paletteIndex = 4'd9;
                    end
                    
                    6'd29: begin
                        paletteIndex = 4'd2;
                    end
                    
                    6'd30: begin
                        paletteIndex = 4'd2;
                    end
                    
                    6'd31: begin
                        paletteIndex = 4'd9;
                    end
                    
                    6'd32: begin
                        paletteIndex = 4'd9;
                    end
                    
                    6'd33: begin
                        paletteIndex = 4'd2;
                    end
                    
                    6'd34: begin
                        paletteIndex = 4'd2;
                    end
                    
                    6'd35: begin
                        paletteIndex = 4'd9;
                    end
                    
                    6'd36: begin
                        paletteIndex = 4'd2;
                    end
                    
                    6'd37: begin
                        paletteIndex = 4'd2;
                    end
                    
                    6'd38: begin
                        paletteIndex = 4'd9;
                    end
                    
                    6'd39: begin
                        paletteIndex = 4'd9;
                    end
                    
                    6'd40: begin
                        paletteIndex = 4'd2;
                    end
                    
                    6'd41: begin
                        paletteIndex = 4'd2;
                    end
                    
                    6'd42: begin
                        paletteIndex = 4'd9;
                    end
                    
                    6'd43: begin
                        paletteIndex = 4'd9;
                    end
                    
                    6'd44: begin
                        paletteIndex = 4'd2;
                    end
                    
                    6'd45: begin
                        paletteIndex = 4'd2;
                    end
                    
                    6'd46: begin
                        paletteIndex = 4'd9;
                    end
                    
                    6'd47: begin
                        paletteIndex = 4'd2;
                    end
                    
                    6'd48: begin
                        paletteIndex = 4'd2;
                    end
                    
                    6'd49: begin
                        paletteIndex = 4'd2;
                    end
                    
                    6'd50: begin
                        paletteIndex = 4'd2;
                    end
                    
                    6'd51: begin
                        paletteIndex = 4'd2;
                    end
                    
                    6'd52: begin
                        paletteIndex = 4'd2;
                    end
                    
                    6'd53: begin
                        paletteIndex = 4'd9;
                    end
                    

                    default: begin
                        paletteIndex = 4'bXXXX;
                    end
                endcase 
            end
            
            4'd8: begin
               case(xSprite)
                    
                    6'd0: begin
                        paletteIndex = 4'd15;
                    end
                    
                    6'd1: begin
                        paletteIndex = 4'd15;
                    end
                    
                    6'd2: begin
                        paletteIndex = 4'd9;
                    end
                    
                    6'd3: begin
                        paletteIndex = 4'd9;
                    end
                    
                    6'd4: begin
                        paletteIndex = 4'd9;
                    end
                    
                    6'd5: begin
                        paletteIndex = 4'd9;
                    end
                    
                    6'd6: begin
                        paletteIndex = 4'd15;
                    end
                    
                    6'd7: begin
                        paletteIndex = 4'd9;
                    end
                    
                    6'd8: begin
                        paletteIndex = 4'd9;
                    end
                    
                    6'd9: begin
                        paletteIndex = 4'd9;
                    end
                    
                    6'd10: begin
                        paletteIndex = 4'd9;
                    end
                    
                    6'd11: begin
                        paletteIndex = 4'd9;
                    end
                    
                    6'd12: begin
                        paletteIndex = 4'd9;
                    end
                    
                    6'd13: begin
                        paletteIndex = 4'd9;
                    end
                    
                    6'd14: begin
                        paletteIndex = 4'd9;
                    end
                    
                    6'd15: begin
                        paletteIndex = 4'd9;
                    end
                    
                    6'd16: begin
                        paletteIndex = 4'd9;
                    end
                    
                    6'd17: begin
                        paletteIndex = 4'd9;
                    end
                    
                    6'd18: begin
                        paletteIndex = 4'd15;
                    end
                    
                    6'd19: begin
                        paletteIndex = 4'd15;
                    end
                    
                    6'd20: begin
                        paletteIndex = 4'd15;
                    end
                    
                    6'd21: begin
                        paletteIndex = 4'd15;
                    end
                    
                    6'd22: begin
                        paletteIndex = 4'd9;
                    end
                    
                    6'd23: begin
                        paletteIndex = 4'd9;
                    end
                    
                    6'd24: begin
                        paletteIndex = 4'd9;
                    end
                    
                    6'd25: begin
                        paletteIndex = 4'd9;
                    end
                    
                    6'd26: begin
                        paletteIndex = 4'd9;
                    end
                    
                    6'd27: begin
                        paletteIndex = 4'd9;
                    end
                    
                    6'd28: begin
                        paletteIndex = 4'd9;
                    end
                    
                    6'd29: begin
                        paletteIndex = 4'd9;
                    end
                    
                    6'd30: begin
                        paletteIndex = 4'd9;
                    end
                    
                    6'd31: begin
                        paletteIndex = 4'd9;
                    end
                    
                    6'd32: begin
                        paletteIndex = 4'd9;
                    end
                    
                    6'd33: begin
                        paletteIndex = 4'd9;
                    end
                    
                    6'd34: begin
                        paletteIndex = 4'd9;
                    end
                    
                    6'd35: begin
                        paletteIndex = 4'd9;
                    end
                    
                    6'd36: begin
                        paletteIndex = 4'd9;
                    end
                    
                    6'd37: begin
                        paletteIndex = 4'd9;
                    end
                    
                    6'd38: begin
                        paletteIndex = 4'd9;
                    end
                    
                    6'd39: begin
                        paletteIndex = 4'd9;
                    end
                    
                    6'd40: begin
                        paletteIndex = 4'd9;
                    end
                    
                    6'd41: begin
                        paletteIndex = 4'd9;
                    end
                    
                    6'd42: begin
                        paletteIndex = 4'd9;
                    end
                    
                    6'd43: begin
                        paletteIndex = 4'd9;
                    end
                    
                    6'd44: begin
                        paletteIndex = 4'd9;
                    end
                    
                    6'd45: begin
                        paletteIndex = 4'd9;
                    end
                    
                    6'd46: begin
                        paletteIndex = 4'd9;
                    end
                    
                    6'd47: begin
                        paletteIndex = 4'd9;
                    end
                    
                    6'd48: begin
                        paletteIndex = 4'd9;
                    end
                    
                    6'd49: begin
                        paletteIndex = 4'd9;
                    end
                    
                    6'd50: begin
                        paletteIndex = 4'd9;
                    end
                    
                    6'd51: begin
                        paletteIndex = 4'd9;
                    end
                    
                    6'd52: begin
                        paletteIndex = 4'd9;
                    end
                    
                    6'd53: begin
                        paletteIndex = 4'd9;
                    end
                    

                    default: begin
                        paletteIndex = 4'bXXXX;
                    end
                endcase 
            end
            

            default: begin
                paletteIndex = 4'bXXXX;
            end
        endcase

        valid = inBounds && (paletteIndex != 4'd15);
    end


endmodule